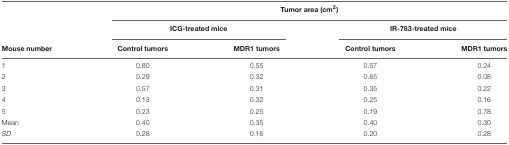
<table><thead><tr><td></td><td colspan="4"><b>Tumor area (cm<sup>2</sup>)</b></td></tr><tr><td></td><td colspan="2"><b>ICG-treated mice</b></td><td colspan="2"><b>IR-783-treated mice</b></td></tr><tr><td><b>Mouse number</b></td><td><b>Control tumors</b></td><td><b>MDR1 tumors</b></td><td><b>Control tumors</b></td><td><b>MDR1 tumors</b></td></tr></thead><tbody><tr><td>1</td><td>0.80</td><td>0.55</td><td>0.57</td><td>0.24</td></tr><tr><td>2</td><td>0.29</td><td>0.32</td><td>0.65</td><td>0.08</td></tr><tr><td>3</td><td>0.57</td><td>0.31</td><td>0.35</td><td>0.22</td></tr><tr><td>4</td><td>0.13</td><td>0.32</td><td>0.25</td><td>0.16</td></tr><tr><td>5</td><td>0.23</td><td>0.25</td><td>0.19</td><td>0.78</td></tr><tr><td>Mean</td><td>0.40</td><td>0.35</td><td>0.40</td><td>0.30</td></tr><tr><td><i>SD</i></td><td>0.28</td><td>0.16</td><td>0.20</td><td>0.28</td></tr></tbody></table>